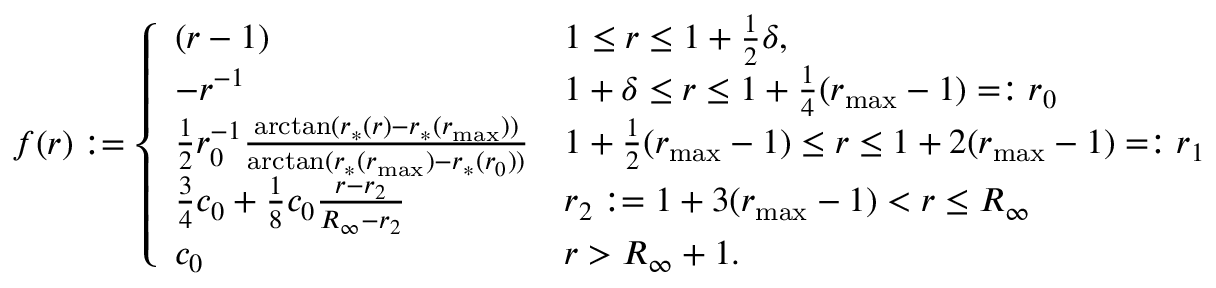
f ( r ) : = \left\{ \begin{array} { l l } { ( r - 1 ) } & { 1 \leq r \leq 1 + \frac { 1 } { 2 } \delta , } \\ { - r ^ { - 1 } } & { 1 + \delta \leq r \leq 1 + \frac { 1 } { 4 } ( r _ { \mathrm { m a x } } - 1 ) = : r _ { 0 } } \\ { \frac { 1 } { 2 } r _ { 0 } ^ { - 1 } \frac { \arctan ( r _ { * } ( r ) - r _ { * } ( r _ { \mathrm { m a x } } ) ) } { \arctan ( r _ { * } ( r _ { \mathrm { m a x } } ) - r _ { * } ( r _ { 0 } ) ) } } & { 1 + \frac { 1 } { 2 } ( r _ { \mathrm { m a x } } - 1 ) \leq r \leq 1 + 2 ( r _ { \mathrm { m a x } } - 1 ) = : r _ { 1 } } \\ { \frac { 3 } { 4 } c _ { 0 } + \frac { 1 } { 8 } c _ { 0 } \frac { r - r _ { 2 } } { R _ { \infty } - r _ { 2 } } } & { r _ { 2 } : = 1 + 3 ( r _ { \mathrm { m a x } } - 1 ) < r \leq R _ { \infty } } \\ { c _ { 0 } } & { r > R _ { \infty } + 1 . } \end{array} \right.